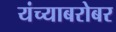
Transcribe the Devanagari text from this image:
यंच्याबरोबर